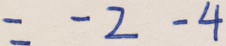
= - 2 - 4